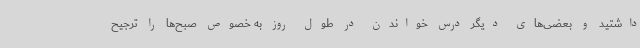
داشتید و بعضی‌های دیگر درس خواندن در طول روز به خصوص صبح‌ها را ترجیح